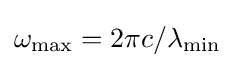
\omega _{\text{max}}=2\pi c/\lambda _{\text{min}}